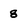
Character: 8